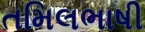
તમિલભાષી